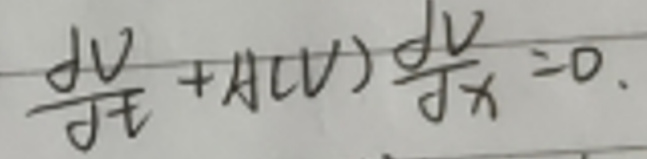
$\frac{\mathrm{d}V}{\mathrm{d}t}+A(V)\frac{\mathrm{d}V}{\mathrm{d}x}=0.$